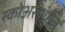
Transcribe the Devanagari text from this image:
स्कोअरमधील